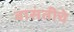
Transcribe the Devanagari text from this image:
वासंतीचे